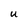
Character: U